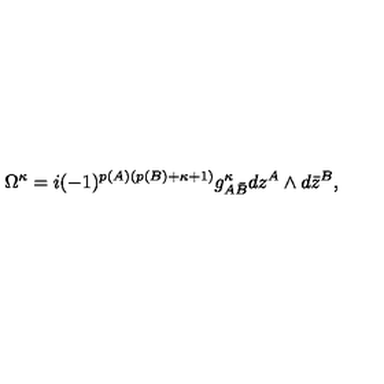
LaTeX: \Omega ^ { \kappa } = i ( - 1 ) ^ { p ( A ) ( p ( B ) + \kappa + 1 ) } g _ { A { \bar { B } } } ^ { \kappa } d z ^ { A } \wedge d { \bar { z } } ^ { B } ,